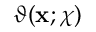
\vartheta ( \mathbf { x } ; \chi )